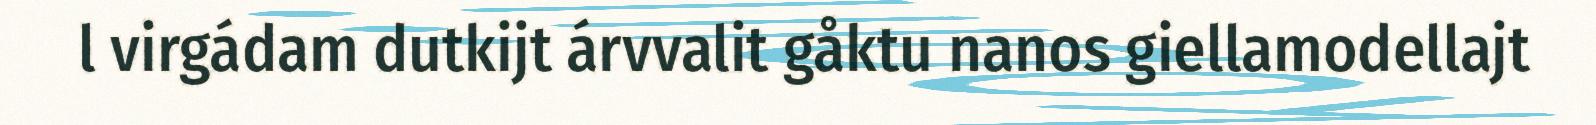
l virgádam dutkijt árvvalit gåktu nanos giellamodellajt